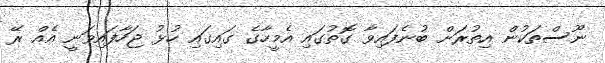
ނޫސްތަކުން އިތުރަށް ބުނެފައިވާ ގޮތުގައި އެމީހާގެ ގައިގައި ހުޅު ޖަހާފައިވަނީ އެއް ރޭ